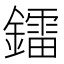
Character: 鐳